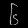
Digit: ၆